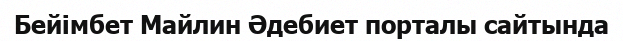
Бейімбет Майлин Әдебиет порталы сайтында